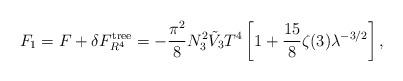
LaTeX: \begin{align*}F_1= F +\delta F_{R^4}^{\rm tree} =-\frac{\pi^2}{8}N^2_3 \tilde{V}_3 T^4 \left [ 1 + \frac{15}{8}\zeta(3) \lambda ^{-3/2}\right],\end{align*}